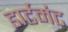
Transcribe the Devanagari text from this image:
डार्टमंट